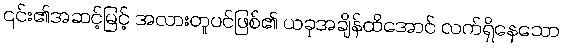
၎င်း၏အဆင့်မြင့် အလားတူပင်ဖြစ်၏ ယခုအချိန်ထိအောင် လက်ရှိနေသော